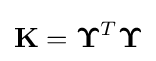
\mathbf {K} ={\boldsymbol {\Upsilon }}^{T}{\boldsymbol {\Upsilon }}